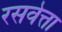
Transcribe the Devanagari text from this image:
रसवेत्ता